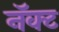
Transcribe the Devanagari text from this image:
नॅक्ट